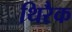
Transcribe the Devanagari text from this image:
थिरैक